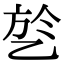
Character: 乻